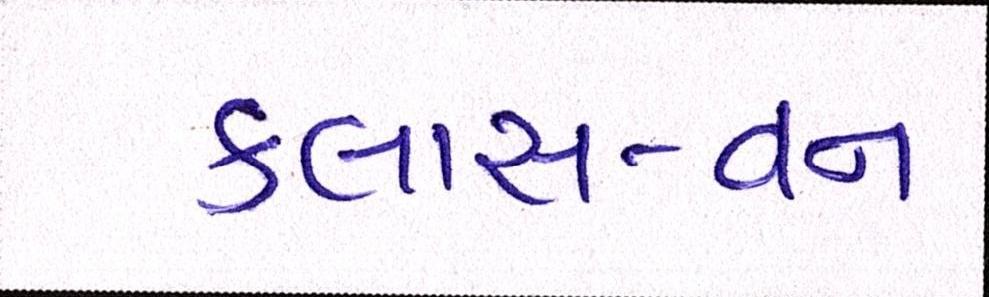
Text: કલાસ-વન